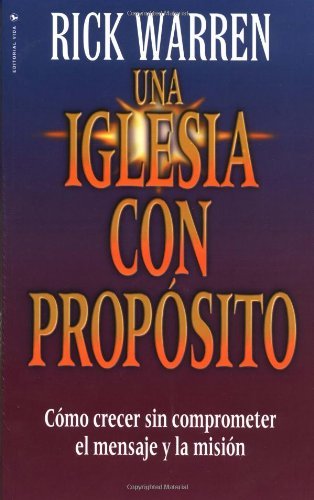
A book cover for Iglesia con PropÃ³sito, Una; Rick Warren; Christian Books & Bibles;